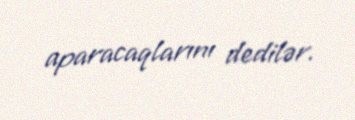
aparacaqlarını dedilər.